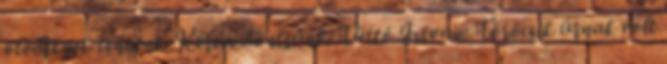
ötödiknek tennénk. Kérem döntsünk. Tüttő István: Törőcsik úrnak volt